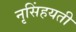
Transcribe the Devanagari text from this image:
नृसिंहयती